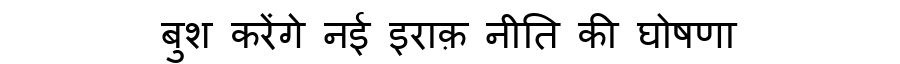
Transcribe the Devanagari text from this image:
बुश करेंगे नई इराक़ नीति की घोषणा